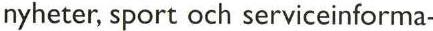
nyheter, sport och serviceinforma-